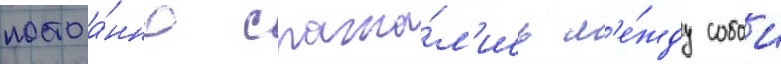
постоа́нно сража́л'ись м'е́жду собои